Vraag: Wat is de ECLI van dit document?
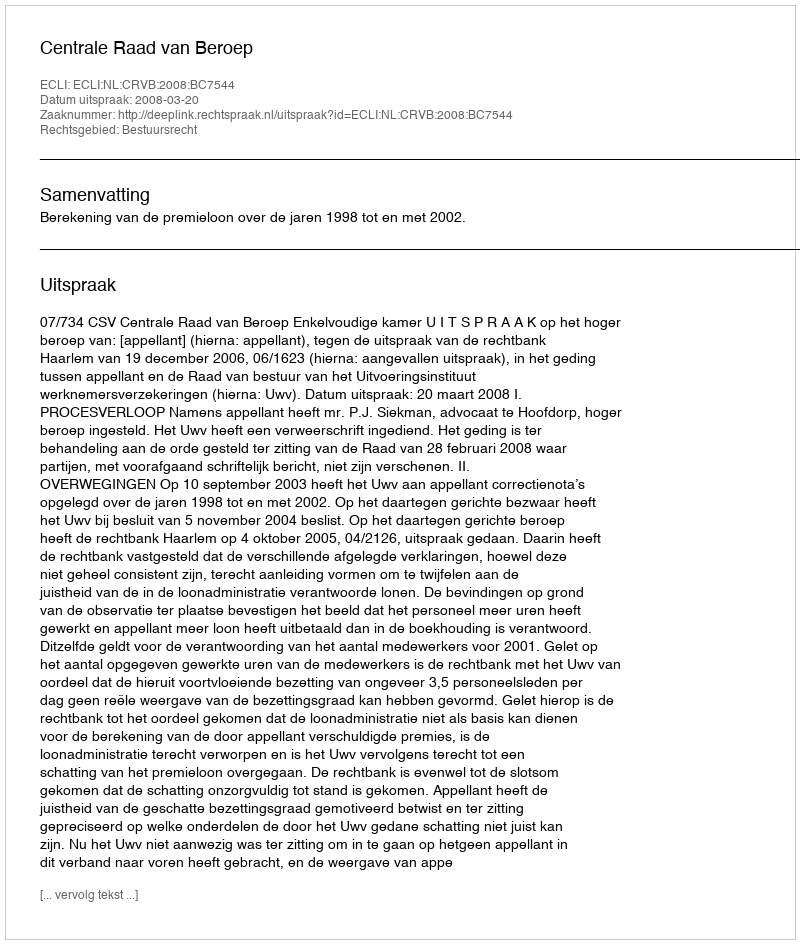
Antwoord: ECLI:NL:CRVB:2008:BC7544